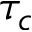
\tau _ { c }